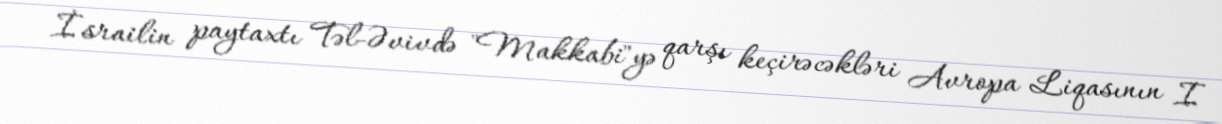
İsrailin paytaxtı Təl-Əvivdə "Makkabi"yə qarşı keçirəcəkləri Avropa Liqasının I